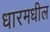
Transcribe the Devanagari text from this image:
धारमधील